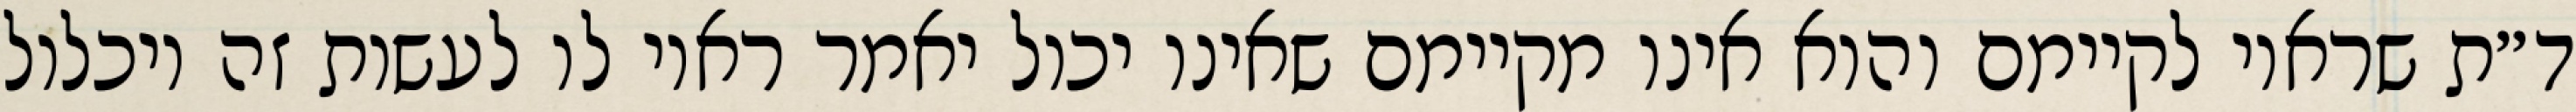
ד״ת שראוי לקיימם והוא אינו מקיימם שאינו יכול יאמר ראוי לו לעשות זה ויכלול